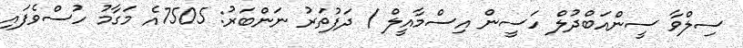
ސިލްވާ ސީންއަބްދުލް ހަސީން އިސްމާއީލް / ދަފުތަރު ނަންބަރު: 7505އެ މަގާމު ހުސްވެފައި